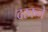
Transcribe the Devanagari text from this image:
दरकने